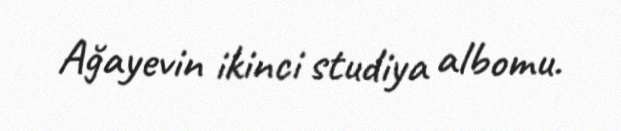
Ağayevin ikinci studiya albomu.